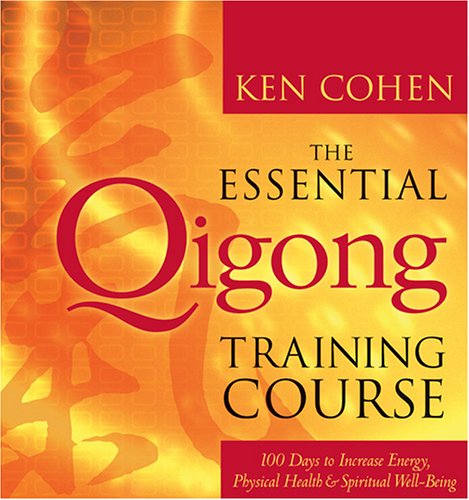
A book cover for The Essential Qigong Training Course: 100 Days to Increase Energy, Physical Health and Spiritual Well-Being; Ken Cohen; Health, Fitness & Dieting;